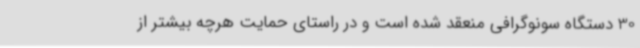
30 دستگاه سونوگرافی منعقد شده است و در راستای حمایت هرچه بیشتر از